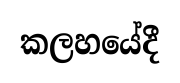
කලහයේදී